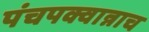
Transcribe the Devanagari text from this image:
पंचपक्वान्नाच